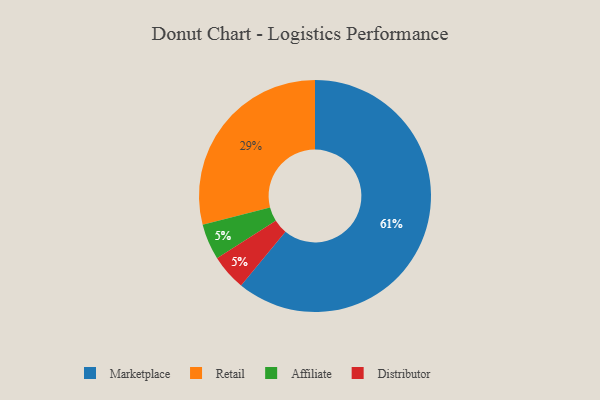
{"axis": {"x": "Category", "y": "Percentage"}, "legend": ["Affiliate", "Distributor", "Marketplace", "Retail"], "data": [{"x": "Affiliate", "y": 5, "type": "Affiliate"}, {"x": "Retail", "y": 29, "type": "Retail"}, {"x": "Distributor", "y": 5, "type": "Distributor"}, {"x": "Marketplace", "y": 61, "type": "Marketplace"}]}